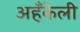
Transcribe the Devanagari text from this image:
अहँकेली